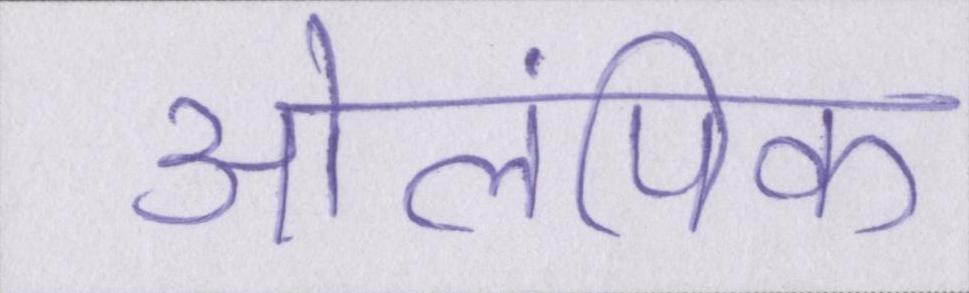
ओलंपिक